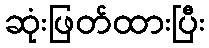
ဆုံးဖြတ်ထားပြီး